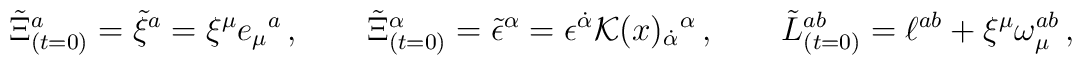
\tilde \Xi^a_{(t=0)} = \tilde \xi^a = \xi^\mu e_\mu{}^a\,,\qquad\tilde \Xi^\alpha_{(t=0)} = \tilde \epsilon^{\alpha} = \epsilon^{\dot \alpha}{\cal K}(x)_{\dot\alpha}{}^\alpha\,,\qquad \tilde L^{ab}_{(t=0)} = \ell^{ab} + \xi^\mu \omega_\mu^{ab}\,,